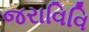
જરાવિવિ